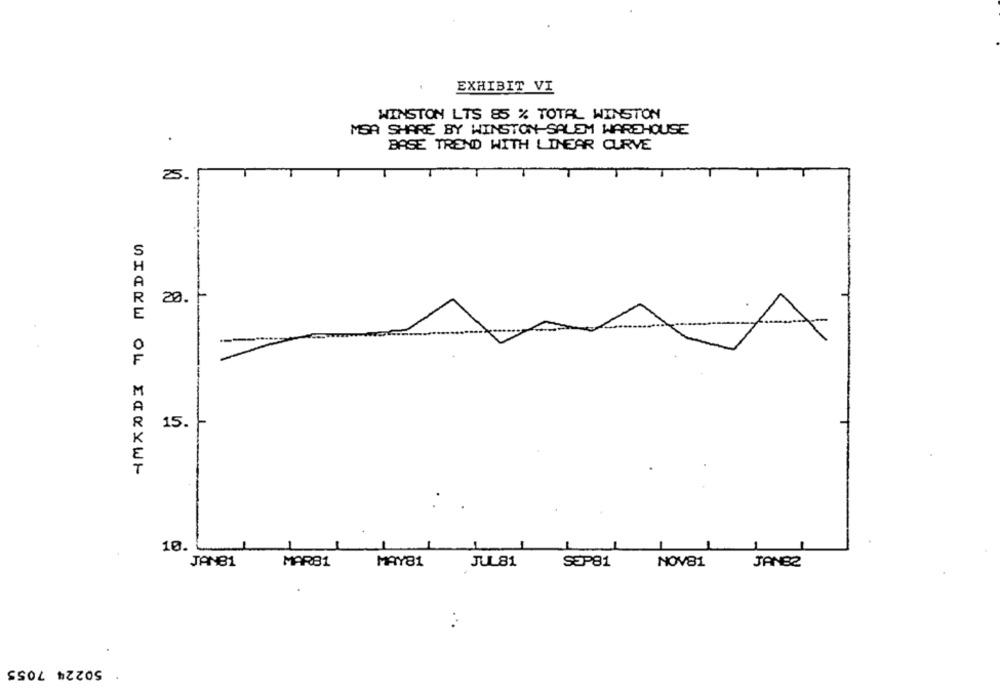
EXHIBIT VI
WINSTON LTS 85 % TOTAL WINSTON
MSA SHARE BY WINSTON-SALEM WAREHOUSE
.
BASE TREND WITH LINEAR CURVE
25.
20. -
15.
10.
MAR81
JANB1
MAY81
JUL81
SEP81
NOV81
JANB2
...
50224 7055